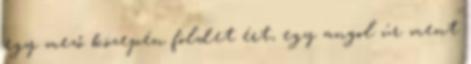
egy mező közepén földet ért, egy angol úr ment